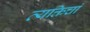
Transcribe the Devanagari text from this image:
व्यक्तिचां